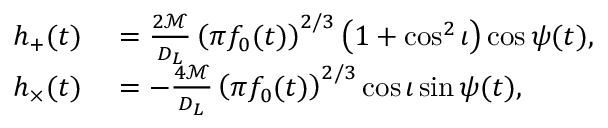
\begin{array} { r l } { h _ { + } ( t ) } & { { } = \frac { 2 \mathcal { M } } { D _ { L } } \left( \pi f _ { 0 } ( t ) \right) ^ { 2 / 3 } \left( 1 + \cos ^ { 2 } \iota \right) \cos { \psi ( t ) } , } \\ { h _ { \times } ( t ) } & { { } = - \frac { 4 \mathcal { M } } { D _ { L } } \left( \pi f _ { 0 } ( t ) \right) ^ { 2 / 3 } \cos { \iota } \sin { \psi ( t ) } , } \end{array}